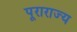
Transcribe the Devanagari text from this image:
पूराराज्य